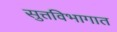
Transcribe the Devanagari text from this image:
सुत्तविभागात